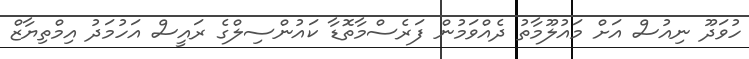
ހުވަދޫ ނިއުސް އަށް މައުލޫމާތު ދެއްވަމުން ފަރެސްމާތޮޑާ ކައުންސިލްގެ ރައީސް އަހުމަދު އިމްތިޔާޒް